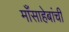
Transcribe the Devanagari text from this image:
माँसाहेबांची